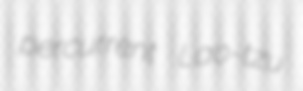
percurrent Lao-tzu